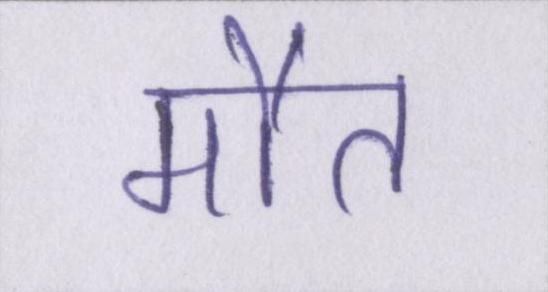
मौत